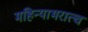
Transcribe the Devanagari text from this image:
महिन्याभरात्च